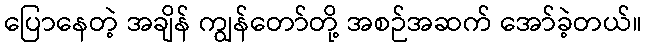
ပြောနေတဲ့ အချိန် ကျွန်တော်တို့ အစဉ်အဆက် အော်ခဲ့တယ်။